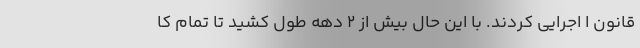
قانون ا اجرایی کردند. با این حال بیش از 2 دهه طول کشید تا تمام کا